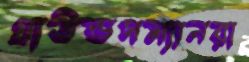
গ্রাউন্ডসম্যানরা